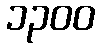
၁၃၀၀